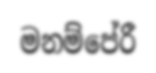
මනම්පේරී